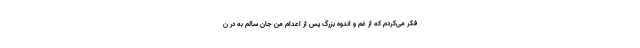
فکر می‌کردم که از غم و اندوه بزرگ پس از اعدام من جان سالم به در ن